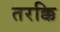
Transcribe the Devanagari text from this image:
तरक्कि